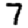
Digit: 7